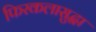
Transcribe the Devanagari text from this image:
फिरकलासुद्धा